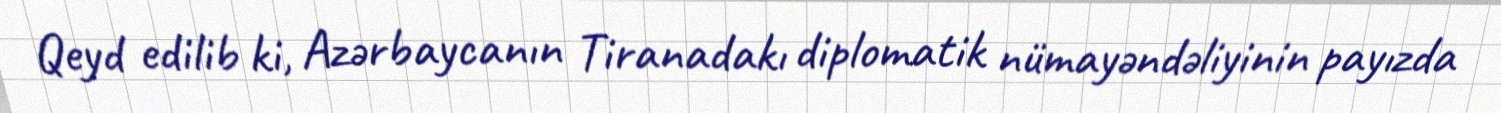
Qeyd edilib ki, Azərbaycanın Tiranadakı diplomatik nümayəndəliyinin payızda